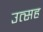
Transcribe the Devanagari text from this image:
उत्सह